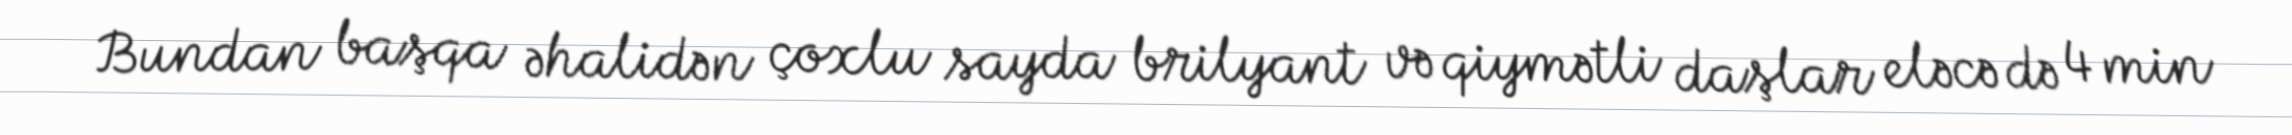
Bundan başqa əhalidən çoxlu sayda brilyant və qiymətli daşlar eləcə də 4 min